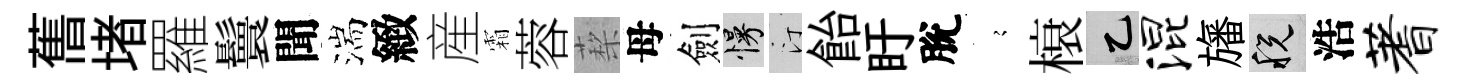
𦾔堵羅鬟聞湍緻産霜蓉蔾母劍慢汀飴盱脫𡪹榱乙混旛税浩蓍